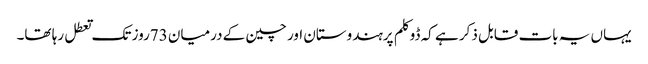
یہاں یہ بات قابل ذکر ہے کہ ڈوکلم پرہندوستان اور چین کے درمیان 73روز تک تعطل رہا تھا۔